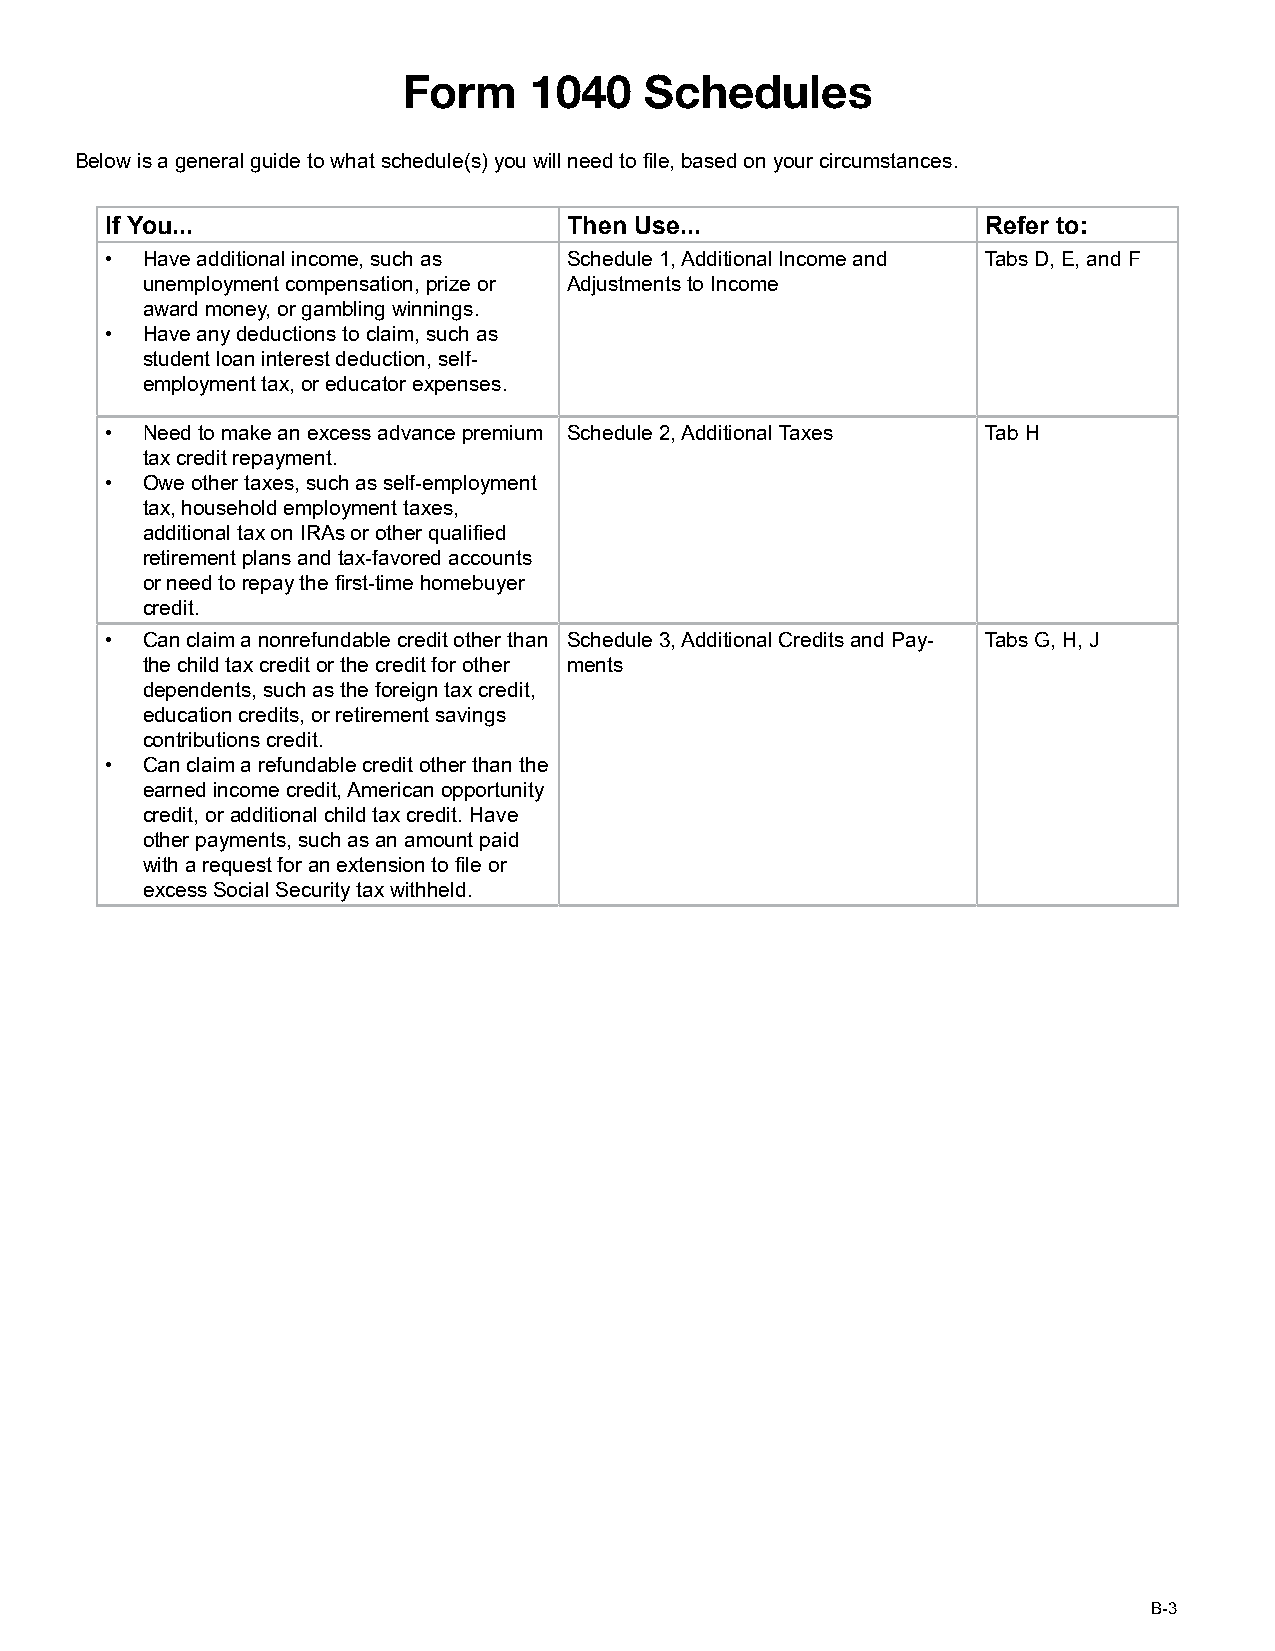
Form    1040    Schedules
 Below is a general guide to what schedule(s) you will need to file, based on your circumstances.
 If You...                      Then Use...                Refer to:
 • Have additional income, such as Schedule 1, Additional Income and Tabs D, E, and F
 unemployment compensation, prize or Adjustments to Income
 award money, or gambling winnings.
 • Have any deductions to claim, such as
 student loan interest deduction, self-
 employment tax, or educator expenses.
 • Need to make an excess advance premium Schedule 2, Additional Taxes Tab H
 tax credit repayment.
 • Owe other taxes, such as self-employment
 tax, household employment taxes,
 additional tax on IRAs or other qualified
 retirement plans and tax-favored accounts
 or need to repay the first-time homebuyer
 credit.
 • Can claim a nonrefundable credit other than Schedule 3, Additional Credits and Pay- Tabs G, H, J
 the child tax credit or the credit for other ments
 dependents, such as the foreign tax credit,
 education credits, or retirement savings
 contributions credit.
 • Can claim a refundable credit other than the
 earned income credit, American opportunity
 credit, or additional child tax credit. Have
 other payments, such as an amount paid
 with a request for an extension to file or
 excess Social Security tax withheld.
 B-3